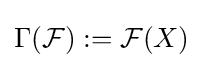
\Gamma ({\mathcal {F}}):={\mathcal {F}}(X)